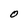
Character: O